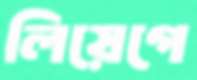
লিয়েগে